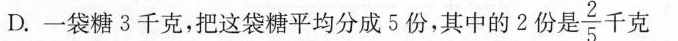
D.一袋糖3千克，把这袋糖平均分成5份，其中的2份 $$\frac{2}{5}$$ 千克